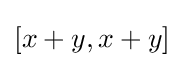
[x+y,x+y]